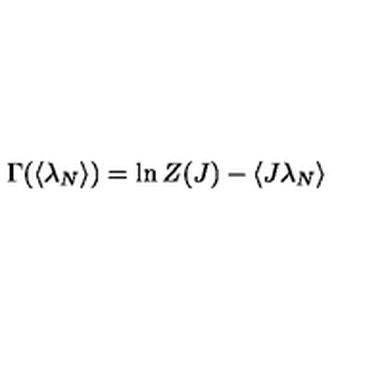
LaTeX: \Gamma ( \langle \lambda _ { N } \rangle ) = \ln Z ( J ) - \langle J \lambda _ { N } \rangle